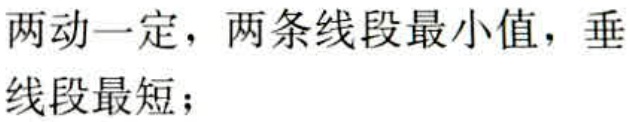
两动一定，两条线段最小值，垂线段最短；